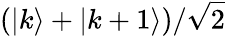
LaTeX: (|k\rangle+|k+1\rangle)/\sqrt{2}